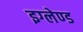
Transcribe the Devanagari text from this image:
इग्‍लेण्‍ड